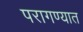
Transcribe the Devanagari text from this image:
परागण्यात